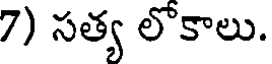
7) సత్య లొకాలు.